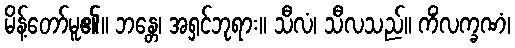
မိန့်တော်မူ၏။ ဘန္တေ၊ အရှင်ဘုရား။ သီလံ၊ သီလသည်။ ကိံလက္ခဏံ၊